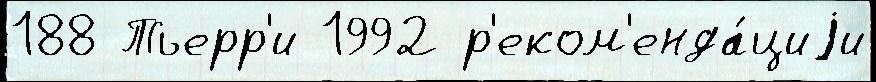
188 Тьерр'и 1992 р'еком'енда́циjи